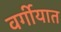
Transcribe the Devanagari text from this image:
वर्गीयात